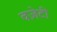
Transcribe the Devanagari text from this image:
वज़ेटी